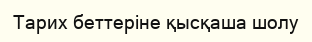
Тарих беттеріне қысқаша шолу